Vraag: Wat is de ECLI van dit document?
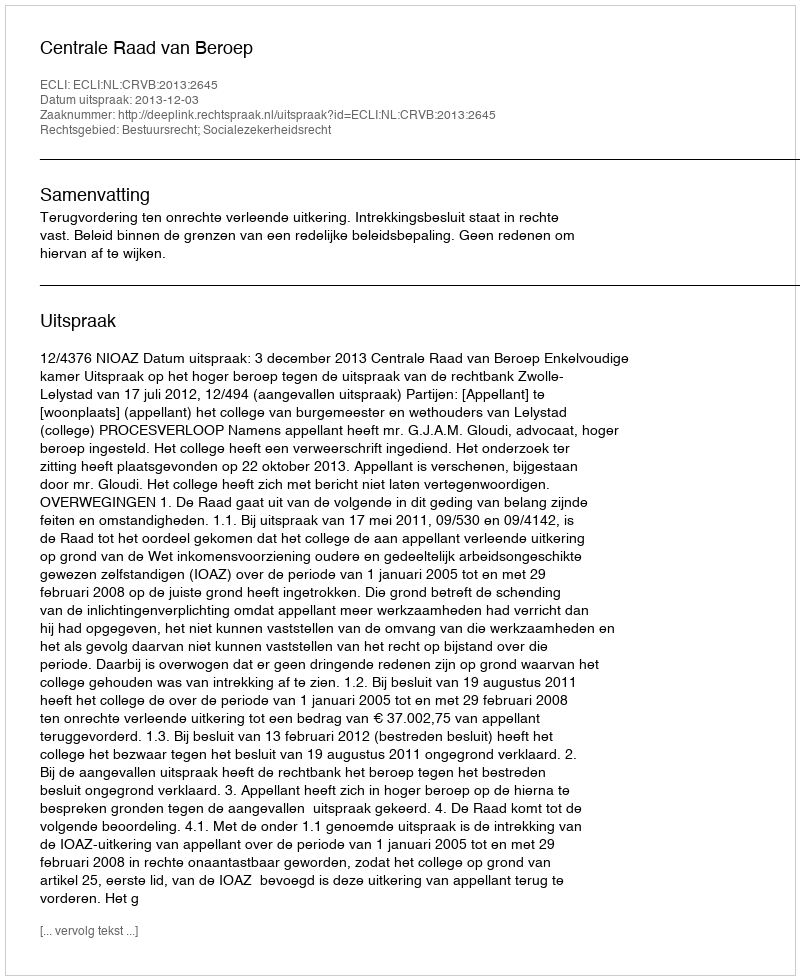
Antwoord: ECLI:NL:CRVB:2013:2645